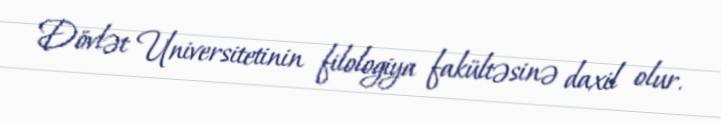
Dövlət Universitetinin filologiya fakültəsinə daxil olur.